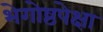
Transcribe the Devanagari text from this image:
भेगोष्ठपेक्षा